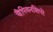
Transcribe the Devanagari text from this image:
चैंपियनशिपो